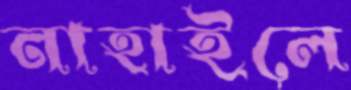
নাহাইলে